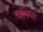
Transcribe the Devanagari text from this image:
भीषण।